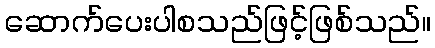
ဆောက်ပေးပါစသည်ဖြင့်ဖြစ်သည်။